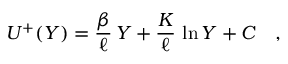
U ^ { + } ( Y ) = \frac { \beta } { \ell } \, Y + \frac { K } { \ell } \, \ln { Y } + C \quad ,